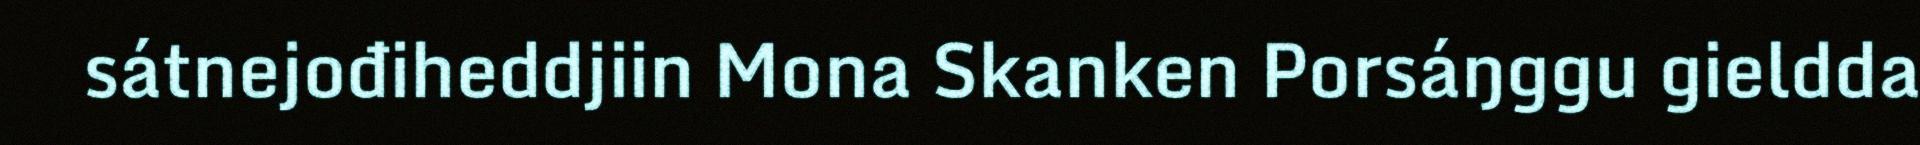
sátnejođiheddjiin Mona Skanken Porsáŋggu gieldda